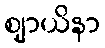
ဈာယိနာ